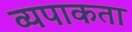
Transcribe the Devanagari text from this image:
व्यपाकता